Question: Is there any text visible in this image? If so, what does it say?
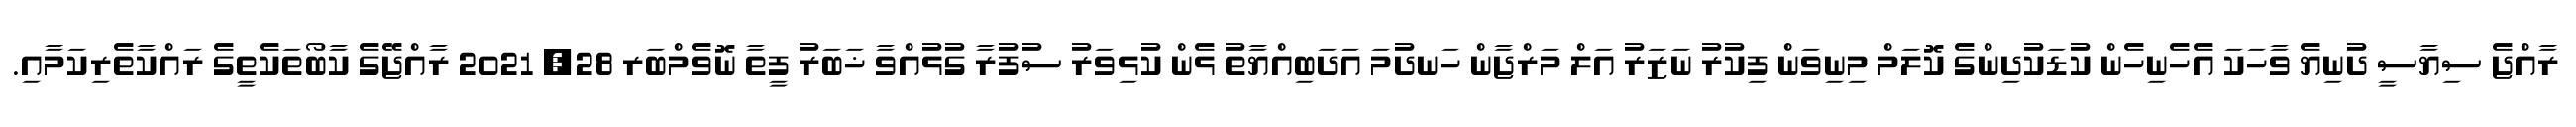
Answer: ރާއްޖެ ސިޔާސީ ދުނިޔެ ވާހަކަ އެހެނިހެން ކުޑަކުދިންގެ ކޮލަމް މިނިވަން ފިކުރު ނަޒަރު އަލް މަރްޖާން ހަނދުމަ އަދަބިއްޔާތު ޅެން ކުޅިވަރު ސުފުރާ ގުޅުއްވާ ޚަބަރު ފީތާ ނޮވެމްބަރ 28, 2021 ރާއްޖޭގެ ކާބޯތަކެތީގެ ރައްކާތެރިކަމާއި.